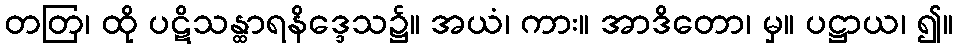
တတြ၊ ထို ပဋိသန္ထာရနိဒ္ဒေသ၌။ အယံ၊ ကား။ အာဒိတော၊ မှ။ ပဋ္ဌာယ၊ ၍။